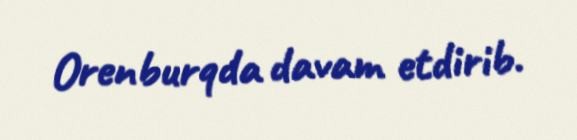
Orenburqda davam etdirib.